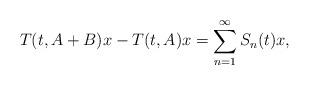
LaTeX: \begin{align*} T(t,A+B)x-T(t,A)x=\sum_{n=1}^{\infty} S_{n}(t)x,\end{align*}